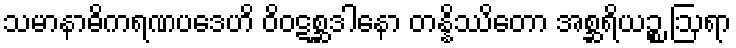
သမာနာဓိကရဏပဒေဟိ ဝိဝဋစ္ဆဒါနော တန္နိဿိတော အစ္ဆရိယဉ္စ ဩရာ